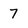
Character: 7